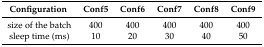
<table><thead><tr><td><b>Configuration</b></td><td><b>Conf5</b></td><td><b>Conf6</b></td><td><b>Conf7</b></td><td><b>Conf8</b></td><td><b>Conf9</b></td></tr></thead><tbody><tr><td>size of the batch</td><td>400</td><td>400</td><td>400</td><td>400</td><td>400</td></tr><tr><td>sleep time (ms)</td><td>10</td><td>20</td><td>30</td><td>40</td><td>50</td></tr></tbody></table>